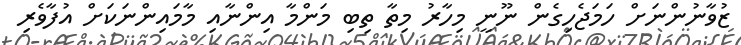
ޒުވާނުންނަށް ހަމަޖެހިގެން ނޫނީ މިހާރު މިތާ ތިބި މަންމާ އިންނާއި މާމައިންނަކަށް އުފާވެރި